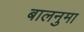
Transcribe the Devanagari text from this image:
बालनुमा